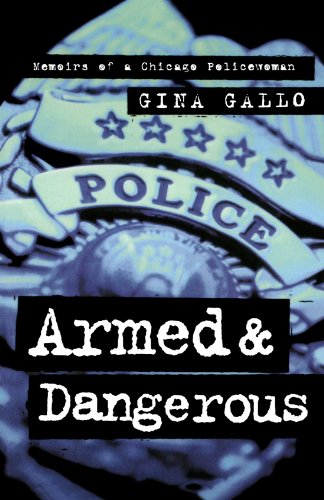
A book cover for Armed and Dangerous: Memoirs of a Chicago Policewoman (Illinois); Gina Gallo; Law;